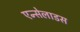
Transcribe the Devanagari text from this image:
एन्सेलाडस